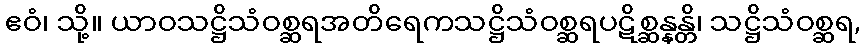
ဧဝံ၊ သို့။ ယာဝသဋ္ဌိသံဝစ္ဆရအတိရေကသဋ္ဌိသံဝစ္ဆရပဋိစ္ဆန္နန္တိ၊ သဋ္ဌိသံဝစ္ဆရ,